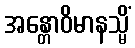
အန္တောဝိမာနသ္မိံ